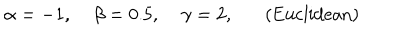
LaTeX: \alpha = - 1 , \; \beta = 0 . 5 , \; \gamma = 2 , ( \mathrm { E u c l i d e a n } )